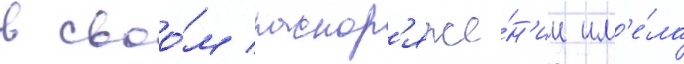
в своо́м распор'яже́н'ии им'е́ла